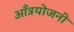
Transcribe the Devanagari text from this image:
आँत्रयोजनी